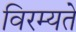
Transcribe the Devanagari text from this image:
विरम्यते